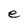
Character: e